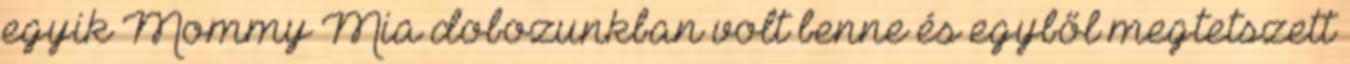
egyik Mommy Mia dobozunkban volt benne és egyből megtetszett